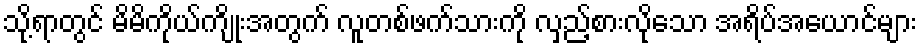
သို့ရာတွင် မိမိကိုယ်ကျိုးအတွက် လူတစ်ဖက်သားကို လှည့်စားလိုသော အရိပ်အယောင်များ